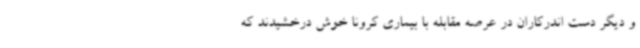
و دیگر دست اندرکاران در عرصه مقابله با بیماری کرونا خوش درخشیدند که